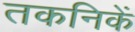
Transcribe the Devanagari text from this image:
तकनिकें